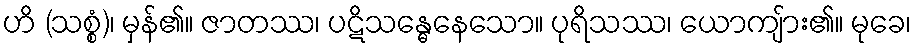
ဟိ (သစ္စံ)၊ မှန်၏။ ဇာတဿ၊ ပဋိသန္ဓေနေသော။ ပုရိသဿ၊ ယောကျ်ား၏။ မုခေ၊